Vaccination in Bombay 1856-1862 - 1856-1862
Year: 1856
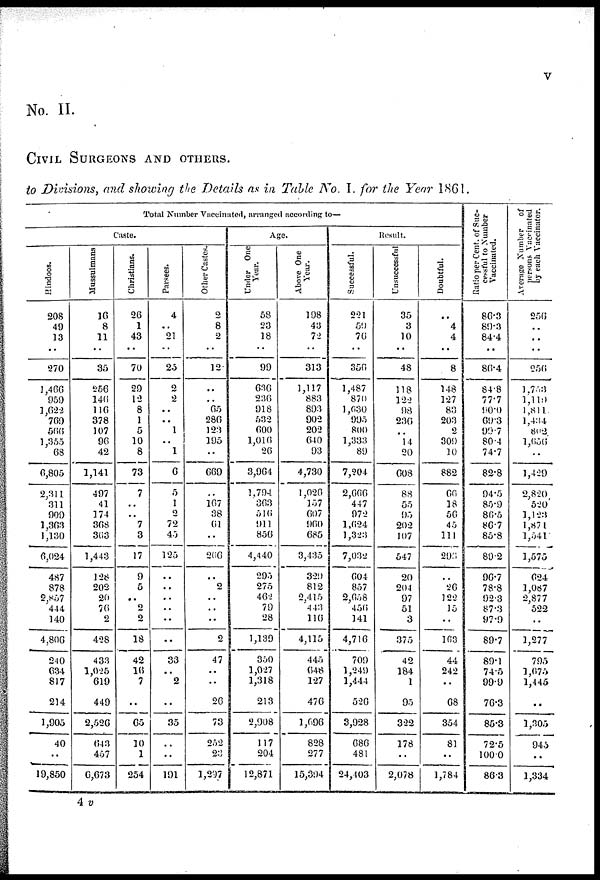
v
No. II.
CIVIL SURGEONS AND OTHERS.
to Divisions, and showing the Details as in Table No. I. for the Year 1861.
Total Number Vaccinated, arranged according to—
Caste.
Hindoos.
208
49
13
..
270
1,466
959
3,622
769
566
1,355
68
6,805
2,311
311
909
1,363
1,130
6,024
487
878
2,857
444
140
4,806
240
634
817
214
1,905
40
..
19,850
Mussulmans
16
8
11
..
35
256
146
110
378
107
96
42
1,141
497
41
174
368
363
1,443
128
202
20
70
2
428
433
1,025
619
449
2,526
043
457
6,673
Christians.
26
1
43
..
70
29
12
8
1
5
10
8
73
7
..
..
7
3
17
9
5
..
2
2
18
42
16
7
..
65
10
1
254
Parsees.
4
..
21
..
25
2
2
..
..
1
..
1
6
5
1
2
72
45
125
..
..
..
..
..
..
33
..
2
..
35
..
..
191
Other Castes.
2
8
2
..
12
..
..
65
286
123
195
..
669
..
167
38
61
..
266
..
2
..
..
..
2
47
..
..
26
73
252
23
1,297
Age.
Under One
Year.
58
23
18
..
99
636
236
918
532
600
1,016
20
3,964
1,794
363
516
911
856
4,440
295
275
462
79
28
1,139
350
1,027
1,318
213
2,908
117
204
12,871
Above One
Year.
198
43
72
..
313
1,117
883
893
902
202
640
93
4,730
1,026
157
607
960
685
3,435
329
812
2,415
443
116
4,115
445
648
127
476
1,696
828
277
15,394
Result.
Successful.
221
59
76
..
356
1,487
870
1,630
995
800
1,333
89
7,204
2,666
447
972
1,624
1,323
7,032
604
857
2,058
456
141
4,716
709
1,249
1,444
526
3,928
686
481
24,403
Unsuccessful
35
3
10
..
48
118
122
98
236
..
14
20
608
88
55
95
202
107
547
20
204
97
51
3
375
42
184
1
95
322
178
..
2,078
Doubtful.
..
4
4
..
8
148
127
83
203
2
309
10
882
66
18
56
45
111
293
..
26
122
15
..
163
44
242
..
68
354
81
..
1,784
Ratio per Cent. of Suc-
cessful to Number
Vaccinated.
86.3
89.3
84.4
..
80.4
84.8
77.7
90.0
69.3
99.7
80.4
74.7
82.8
94.5
85.9
86.5
86.7
85.8
89.2
96.7
78.8
92.3
87.3
97.9
89.7
89.1
74.5
99.9
76.3
85.3
72.5
100.0
86.3
Average Number of
persons Vaccinated
by each Vaccinator.
256
..
..
..
256
1,753
1,119
1,811
l,434
802
1,056
..
1,429
2,820
520
1,123
1,871
1,541
1,575
624
1,087
2,877
522
..
1,277
795
1,675
1,445
..
1,305
945
..
1,334
4 v